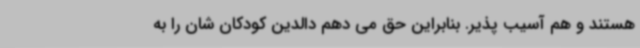
هستند و هم آسیب پذیر. بنابراین حق می دهم دالدین کودکان شان را به